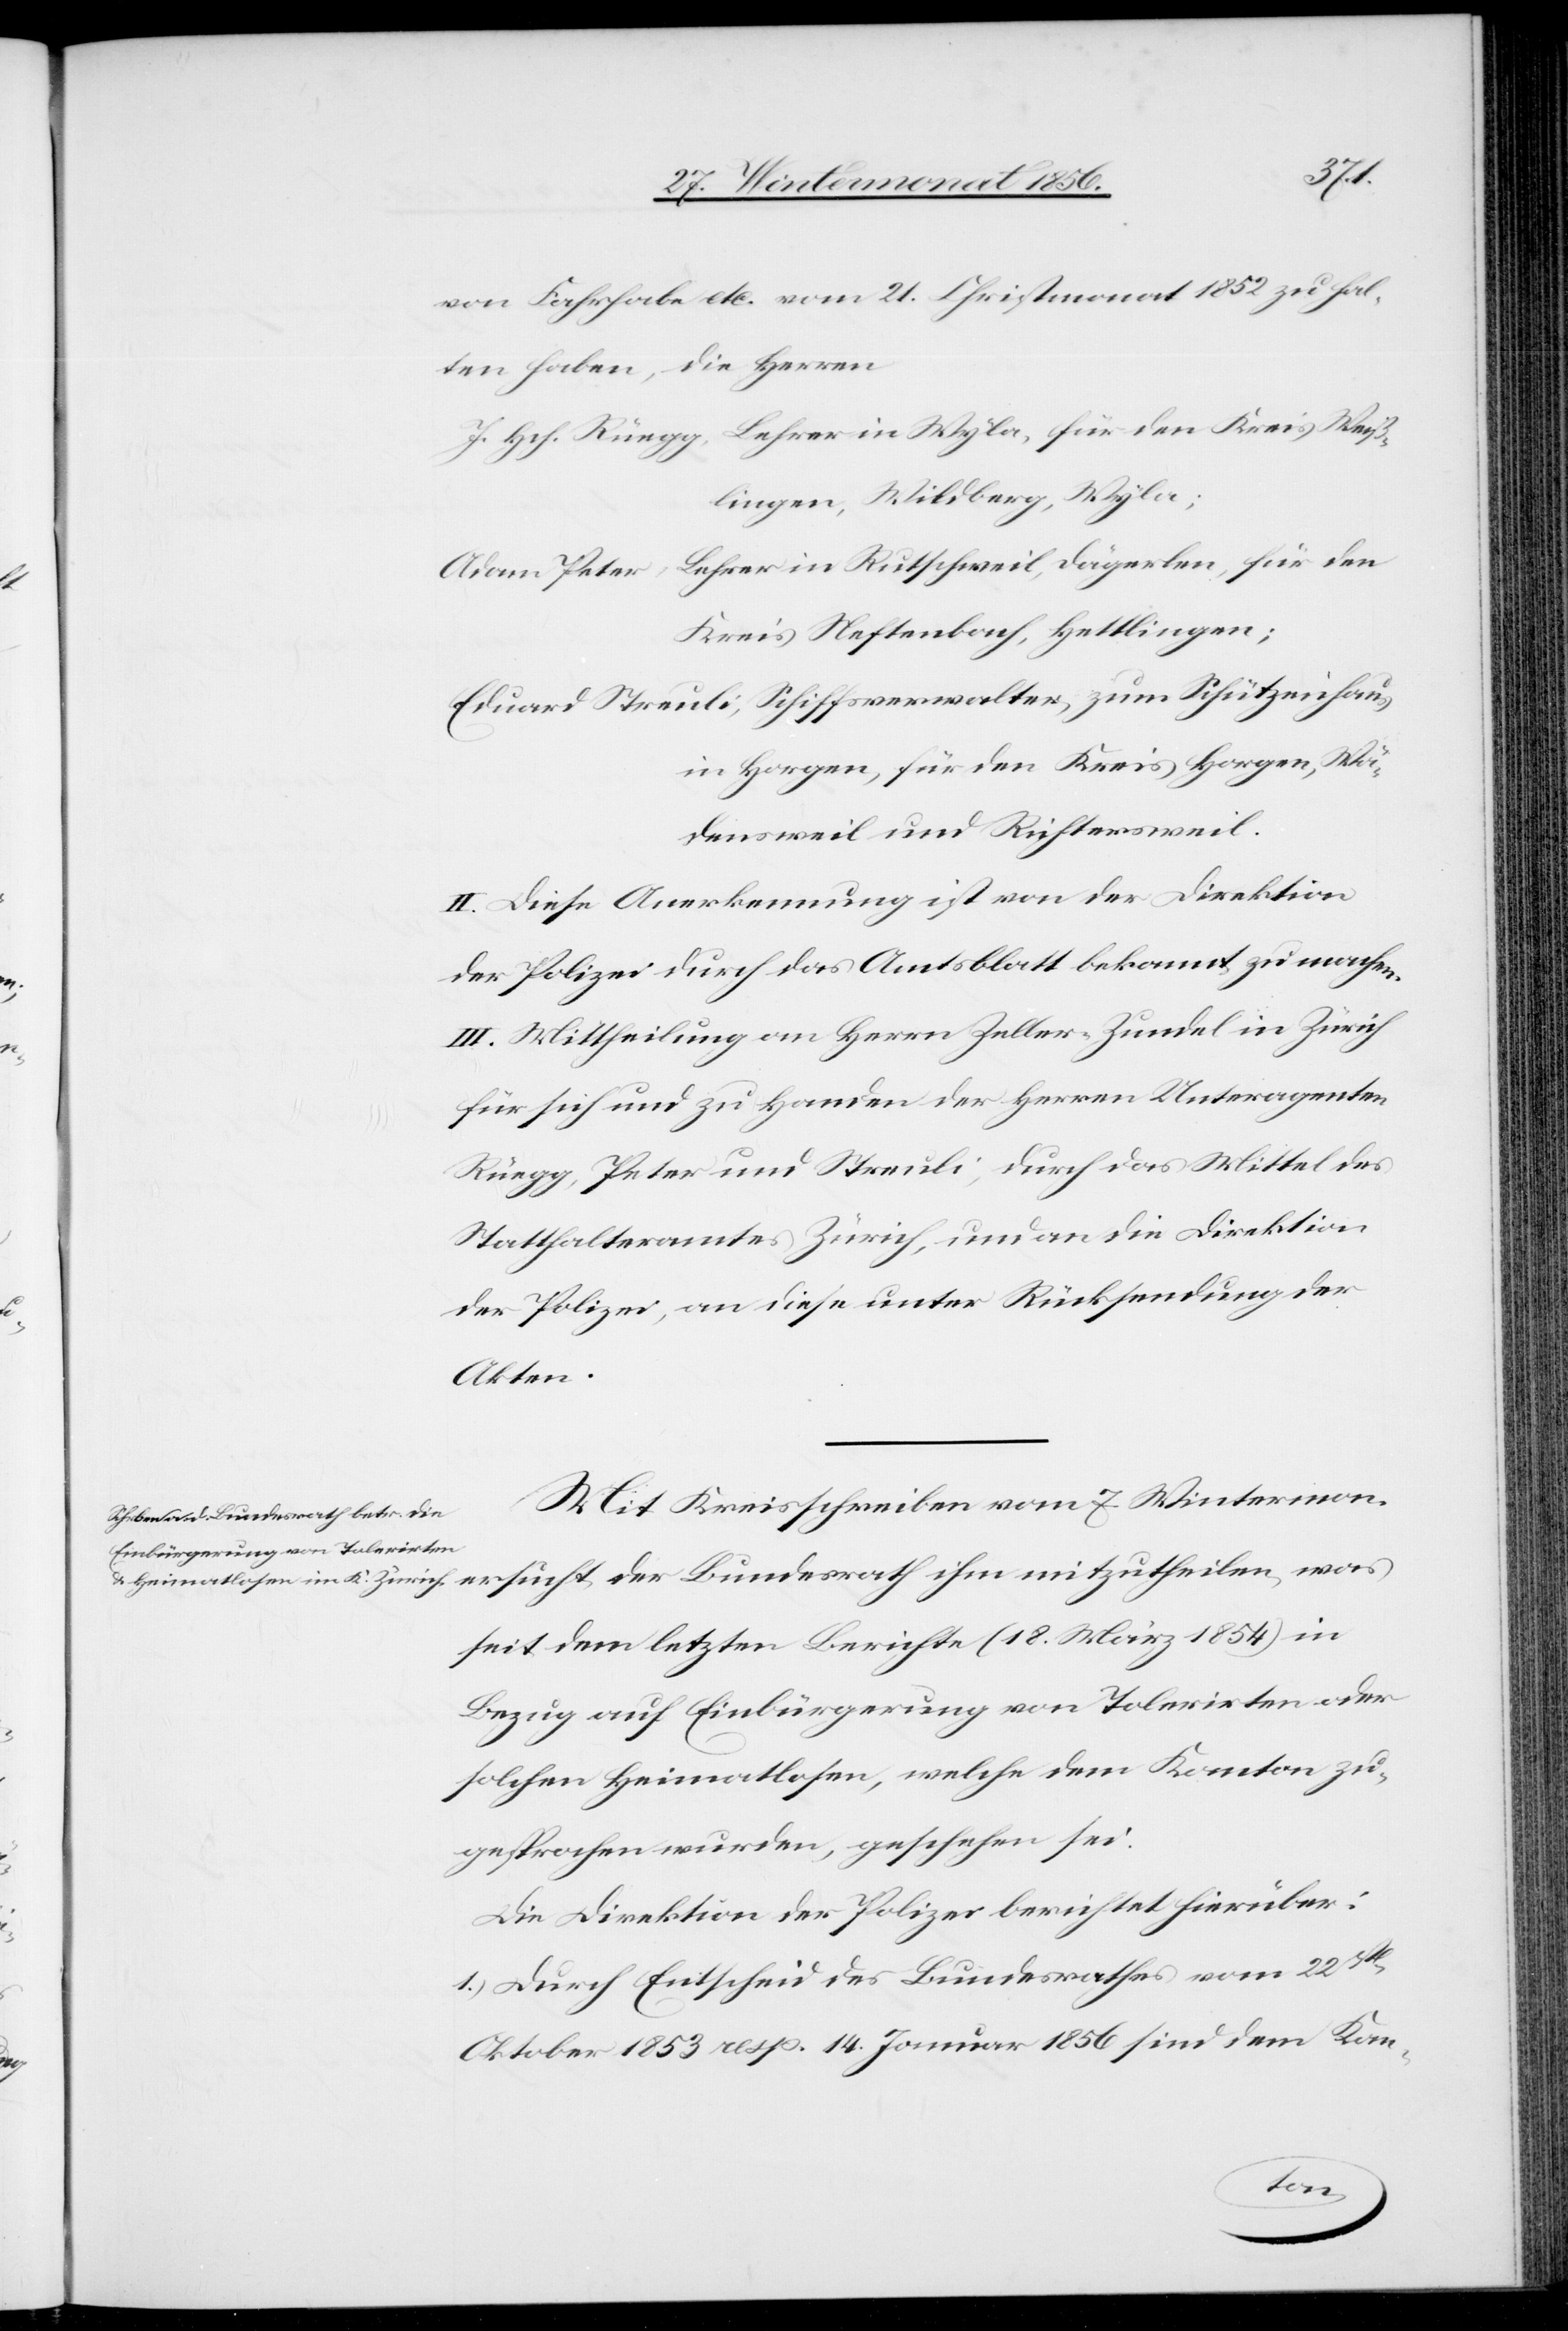
ihm
von Fahrhabe etc. vom 21. Christmonat 1852 zu hal¬
ten haben, die Herren
J. Hch. Rüegg, Lehrer in Wyla, für den Kreis Weiß¬
lingen, Wildberg, Wyla;
Adam Peter, Lehrer in Rutschweil, Dägerlen, für den
Kreis Neftenbach, Hettlingen;
Eduard Streuli, Schiffsverwalter, zum Schützenhaus
in Horgen, für den Kreis Horgen, 	Wä¬
densweil und Richersweil
II. Diese Anerkennung ist von der Direktion
der Polizei durch das Amtsblatt bekannt zu machen.
III. Mittheilung an Herrn Zeller-Zundel in Zürich
für sich und zu Handen der Herren Unteragenten
Rüegg, Peter und Streuli, durch das Mittel des
Statthalteramtes Zürich, und an die Direktion
der Polizei, an diese unter Rücksendung der
Akten.
Mit Kreisschreiben vom 7. Wintermon.
seit dem letzten Berichte (18. März 1854) in
Bezug auf Einbürgerung von Tolerirten oder
solchen Heimatlosen, welche dem Kanton zu¬
gesprochen wurden, geschehen sei.
Die Direktion der Polizei berichtet hierüber:
1.) Durch Entscheid des Bundesrathes vom 22st
Oktober 1853 resp. 14. Januar 1856 sind dem Kan-